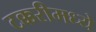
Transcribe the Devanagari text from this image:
टक्करीमध्ये